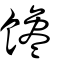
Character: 饞